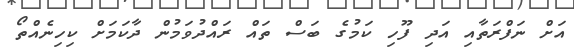
އަށް ނަފްރަތާއި އަދި ފޫހި ކަމުގެ ބަސް ތައް ރައްދުވަމުން ދާކަމަށް ކިހިނެއްތޯ